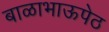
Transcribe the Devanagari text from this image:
बाळाभाऊपेठ